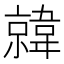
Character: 𫖎